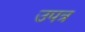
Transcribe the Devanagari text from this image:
उपत्र